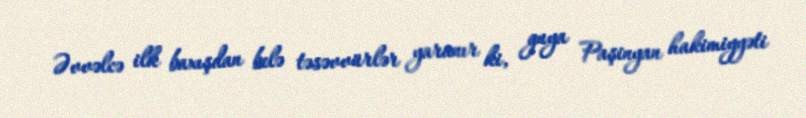
Əvvəlcə ilk baxışdan belə təsəvvürlər yaranır ki, guya Paşinyan hakimiyyəti